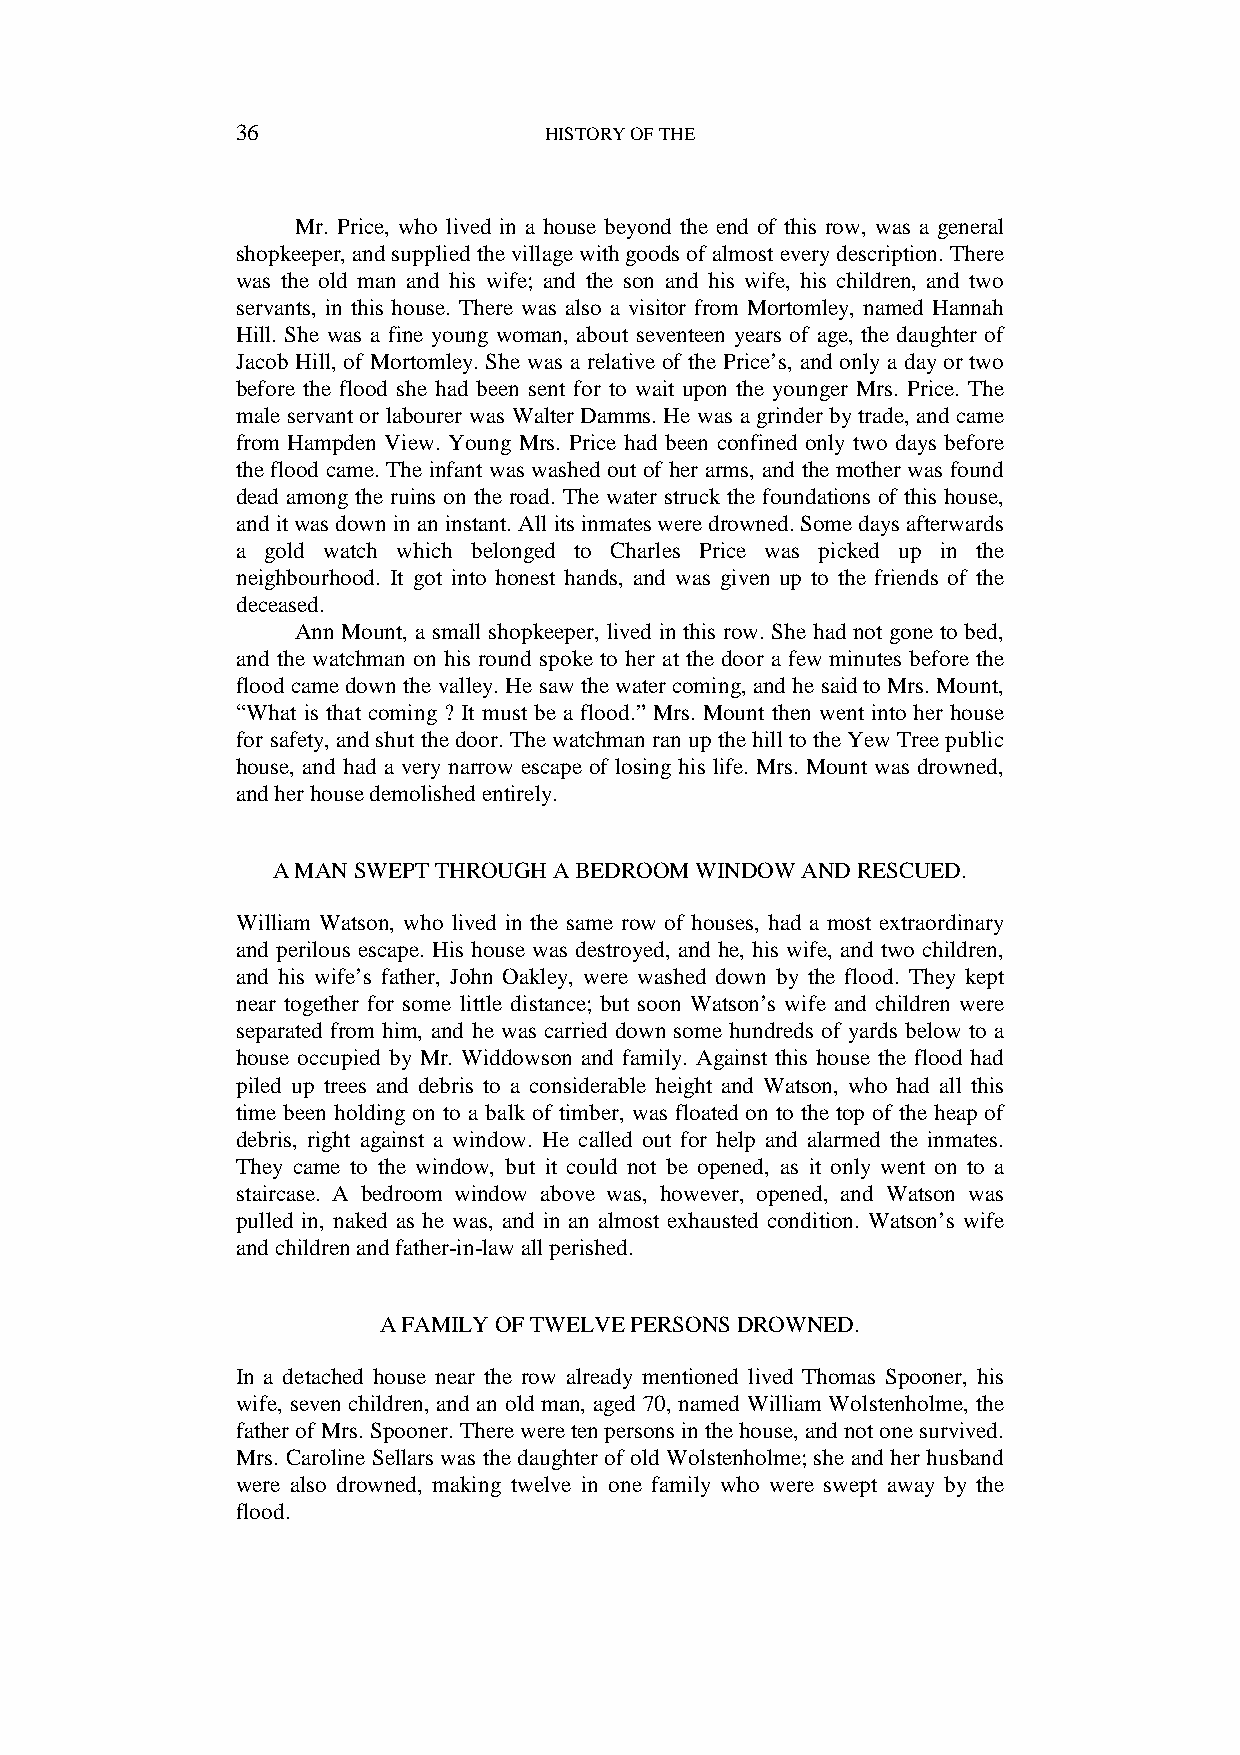
36                  HISTORY OF THE
 Mr. Price, who lived in a house beyond the end of this row, was a general
 shopkeeper, and supplied the village with goods of almost every description. There
 was the old man and his wife; and the son and his wife, his children, and two
 servants, in this house. There was also a visitor from Mortomley, named Hannah
 Hill. She was a fine young woman, about seventeen years of age, the daughter of
 Jacob Hill, of Mortomley. She was a relative of the Price’s, and only a day or two
 before the flood she had been sent for to wait upon the younger Mrs. Price. The
 male servant or labourer was Walter Damms. He was a grinder by trade, and came
 from Hampden View. Young Mrs. Price had been confined only two days before
 the flood came. The infant was washed out of her arms, and the mother was found
 dead among the ruins on the road. The water struck the foundations of this house,
 and it was down in an instant. All its inmates were drowned. Some days afterwards
 a gold watch which belonged to Charles Price was picked up in the
 neighbourhood. It got into honest hands, and was given up to the friends of the
 deceased.
 Ann Mount, a small shopkeeper, lived in this row. She had not gone to bed,
 and the watchman on his round spoke to her at the door a few minutes before the
 flood came down the valley. He saw the water coming, and he said to Mrs. Mount,
 “What is that coming ? It must be a flood.” Mrs. Mount then went into her house
 for safety, and shut the door. The watchman ran up the hill to the Yew Tree public
 house, and had a very narrow escape of losing his life. Mrs. Mount was drowned,
 and her house demolished entirely.
 A MAN SWEPT THROUGH A BEDROOM WINDOW AND RESCUED.
 William Watson, who lived in the same row of houses, had a most extraordinary
 and perilous escape. His house was destroyed, and he, his wife, and two children,
 and his wife’s father, John Oakley, were washed down by the flood. They kept
 near together for some little distance; but soon Watson’s wife and children were
 separated from him, and he was carried down some hundreds of yards below to a
 house occupied by Mr. Widdowson and family. Against this house the flood had
 piled up trees and debris to a considerable height and Watson, who had all this
 time been holding on to a balk of timber, was floated on to the top of the heap of
 debris, right against a window. He called out for help and alarmed the inmates.
 They came to the window, but it could not be opened, as it only went on to a
 staircase. A bedroom window above was, however, opened, and Watson was
 pulled in, naked as he was, and in an almost exhausted condition. Watson’s wife
 and children and father-in-law all perished.
 A FAMILY OF TWELVE PERSONS DROWNED.
 In a detached house near the row already mentioned lived Thomas Spooner, his
 wife, seven children, and an old man, aged 70, named William Wolstenholme, the
 father of Mrs. Spooner. There were ten persons in the house, and not one survived.
 Mrs. Caroline Sellars was the daughter of old Wolstenholme; she and her husband
 were also drowned, making twelve in one family who were swept away by the
 flood.